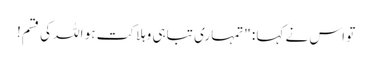
تو اس نے کہا : "تمہاری تباہی وہلاکت ہو اللہ کی قسم!